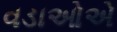
વડાઓએ